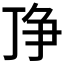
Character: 𬻗